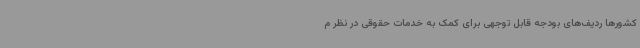
کشورها ردیف‌های بودجه قابل توجهی برای کمک به خدمات حقوقی در نظر م